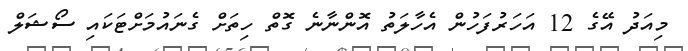
މިއަދު އޭގެ 12 އަހަރުފަހުން އެހާލަތު އޮންނާނެ ގޮތް ހިތަށް ގެނައުމަށްޓަކައި ސޯޝަލް